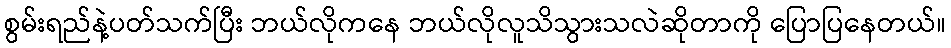
စွမ်းရည်နဲ့ပတ်သက်ပြီး ဘယ်လိုကနေ ဘယ်လိုလူသိသွားသလဲဆိုတာကို ပြောပြနေတယ်။